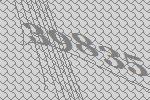
39835